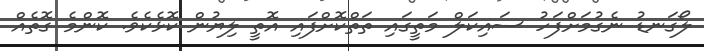
ލޯގަނޑު ނެގުމަށްފަހު ސައިކަލް މަތީގައި ތަތްކޮށްފައި އޮތީ ލިޔުން ކޮޅެކެވެ. ކޮންމެ ގޮތެއް